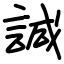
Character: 諴